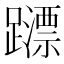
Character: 𨆺